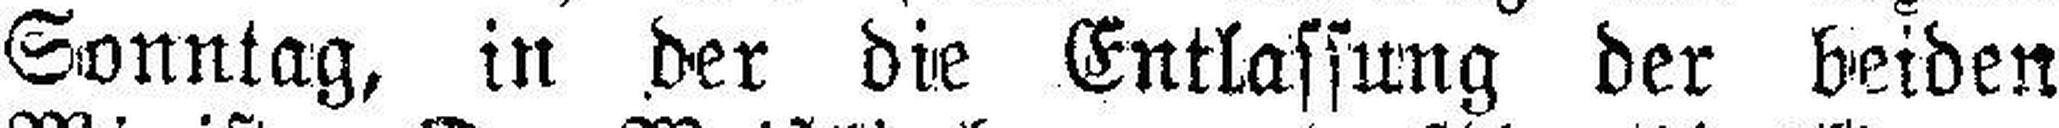
Sonntag, in der die Entlassung der beiden